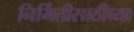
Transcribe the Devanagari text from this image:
निर्मितीसाठीच्या